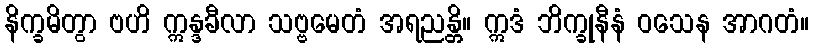
နိက္ခမိတွာ ဗဟိ ဣန္ဒခီလာ သဗ္ဗမေတံ အရညန္တိ။ ဣဒံ ဘိက္ခုနီနံ ဝသေန အာဂတံ။